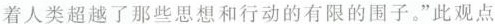
着人类超越了那些思想和行动的有限的围子。”此观点